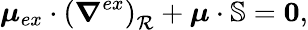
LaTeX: \boldsymbol{\mu}_{ex}\cdot\left(\boldsymbol{\nabla}^{ex}\right)_{\mathcal{R}}+\boldsymbol{\mu}\cdot\mathbb{S}=\boldsymbol{0},